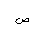
Letter: _sad